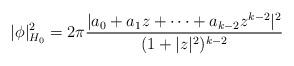
LaTeX: \begin{align*} |\phi|_{H_0}^2=2\pi\frac{|a_0+a_1z+\dots+a_{k-2}z^{k-2}|^2}{(1+|z|^2)^{k-2}}\end{align*}